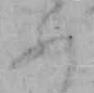
あ